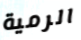
الرمية